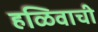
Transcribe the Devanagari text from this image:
हळिवाची